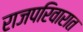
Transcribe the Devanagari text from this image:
राजपरिवारात